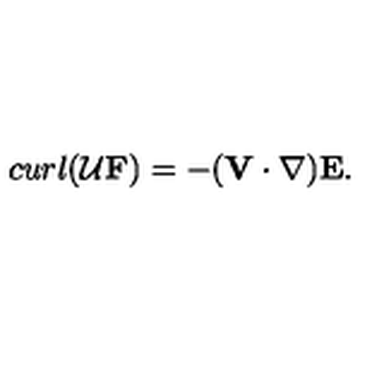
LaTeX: c u r l ( { \cal U } { \bf F } ) = - ( { \bf V } \cdot \nabla ) { \bf E } .